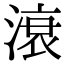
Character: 滖